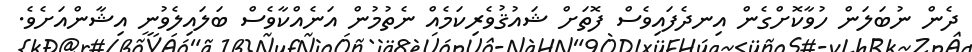
ދެން ނުބަލަން ހުވާކޮށްގެން އިނދެފައިވެސް ފޮތަށް ޝައުޤުވެރިކަމެއް ނެތުމުން އަނެއްކާވެސް ބަލައިލެވުނީ އިޝާންއަށެވެ.